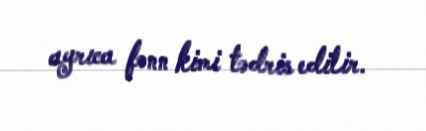
ayrıca fənn kimi tədris edilir.